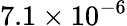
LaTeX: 7.1\times 10^{-6}